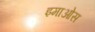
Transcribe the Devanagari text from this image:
इमाओस